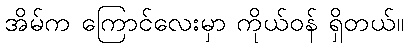
အိမ်က ကြောင်လေးမှာ ကိုယ်ဝန် ရှိတယ်။